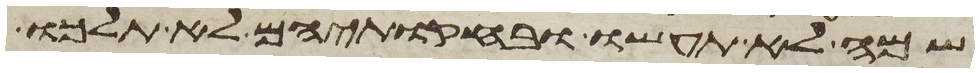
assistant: שמה לא תעשו ובחקתיהם לא תלכו